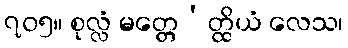
၇၀၅။ စုလ္လံ မတ္တေ’တ္ထိယံ လေသ၊